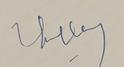
Signature authenticity: genuine